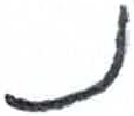
אות: נ